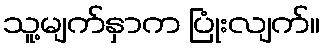
သူ့မျက်နှာက ပြုံးလျက်။